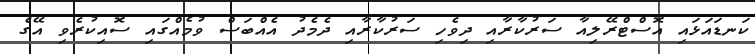
ކަނޑައަޅައި އޮސްޓްރޭލިއާ ސަރުކާރާއި ދިވެހި ސަރުކާރާއި ދެމެދު އެއްބަސް ވުމެއްގައި ސޮއިކުރެވި އޭގެ